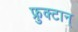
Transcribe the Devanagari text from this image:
फ्रुक्टान्